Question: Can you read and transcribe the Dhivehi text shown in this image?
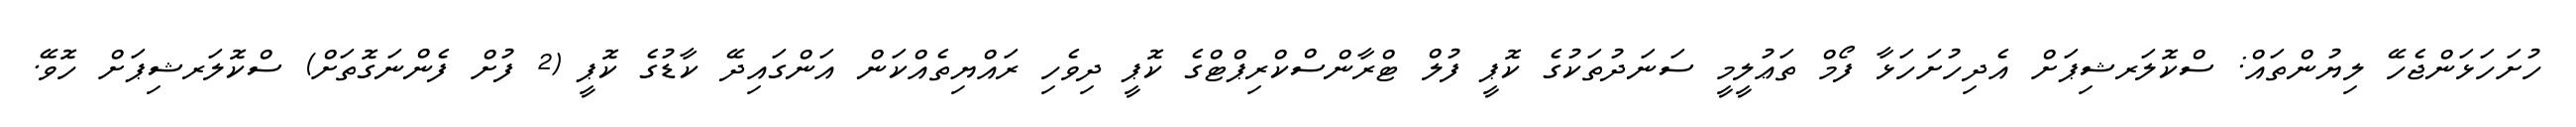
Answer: ހުށަހަޅަންޖެހޭ ލިޔުންތައް: ސްކޮލަރޝިޕަށް އެދިހުށަހަޅާ ފޯމް ތަޢުލީމީ ސަނަދުތަކުގެ ކޮޕީ ފުލް ޓްރާންސްކްރިޕްޓްގެ ކޮޕީ ދިވެހި ރައްޔިތެއްކަން އަންގައިދޭ ކާޑުގެ ކޮޕީ (2 ފުށް ފެންނަގޮތަށް) ސްކޮލަރޝިޕަށް ހޮވޭ.